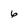
Character: 6